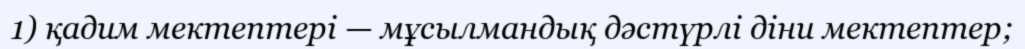
1) қадим мектептері — мұсылмандық дәстүрлі діни мектептер;